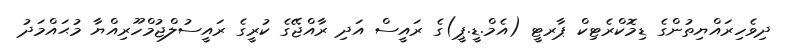
ދިވެހިރައްޔިތުންގެ ޑިމޮކްރެޓިކް ޕާރޓީ (އެމް.ޑީ.ޕީ)ގެ ރައީސް އަދި ރާއްޖޭގެ ކުރީގެ ރައީސުލްޖުމްހޫރިއްޔާ މުޙައްމަދު